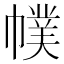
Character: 幞